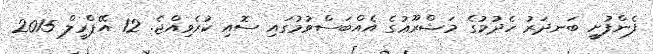
ފެންފުށީ ބަނދަރު ހެދުމުގެ މަޝްރޫޢުގެ އެއްބަސްވުމުގައި ސޮއި ކުރެވިއްޖެ. 12 އޭޕްރީލް 2015